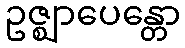
ဥဇ္ဈာပေန္တော